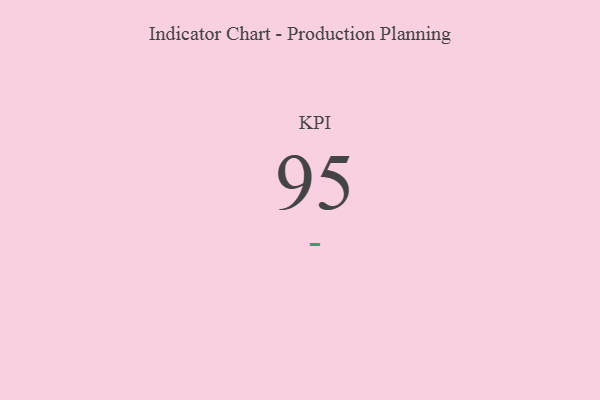
{"axis": {"x": "KPI", "y": "Value"}, "legend": [""], "data": [{"x": "KPI", "y": 95, "type": ""}]}